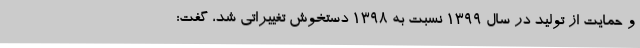
و حمایت از تولید در سال ۱۳۹۹ نسبت به ۱۳۹۸ دستخوش تغییراتی شد، گفت: